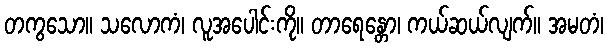
တကွသော။ သလောကံ၊ လူအပေါင်းကို။ တာရေန္တော၊ ကယ်ဆယ်လျက်။ အမတံ၊